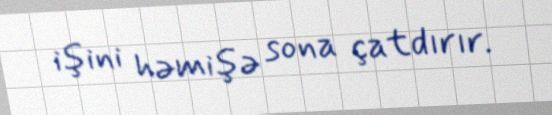
işini həmişə sona çatdırır.